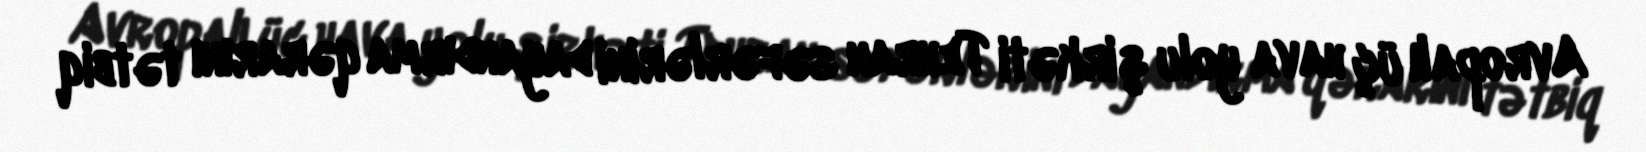
Avropalı üç hava yolu şirkəti Tehran səfərlərini dayandırma qərarını tətbiq